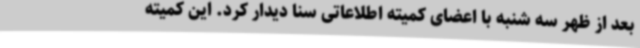
بعد از ظهر سه شنبه با اعضای کمیته اطلاعاتی سنا دیدار کرد. این کمیته